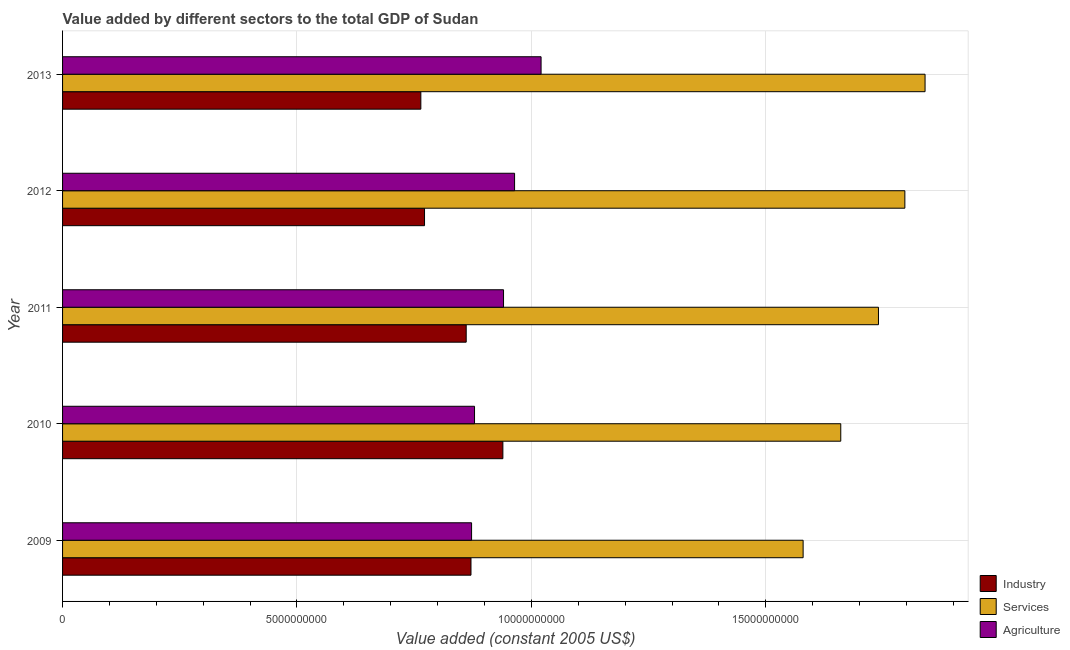
| Year | Industry | Services | Agriculture |
 | --- | --- | --- | --- |
 | 2009 | 8.71e+09 | 1.58e+10 | 8.72e+09 |
 | 2010 | 9.39e+09 | 1.66e+10 | 8.79e+09 |
 | 2011 | 8.61e+09 | 1.74e+10 | 9.41e+09 |
 | 2012 | 7.72e+09 | 1.8e+10 | 9.64e+09 |
 | 2013 | 7.64e+09 | 1.84e+10 | 1.02e+10 |